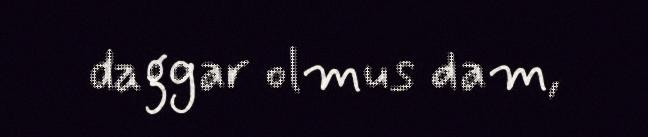
daggar olmus dam,